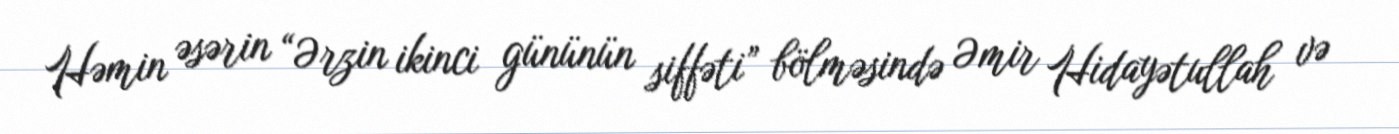
Həmin əsərin “Ərzin ikinci gününün siffəti” bölməsində Əmir Hidayətullah və